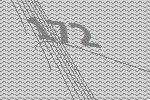
172